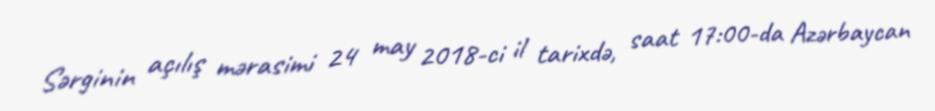
Sərginin açılış mərasimi 24 may 2018-ci il tarixdə, saat 17:00-da Azərbaycan